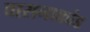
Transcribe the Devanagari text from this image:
वासनाकांड